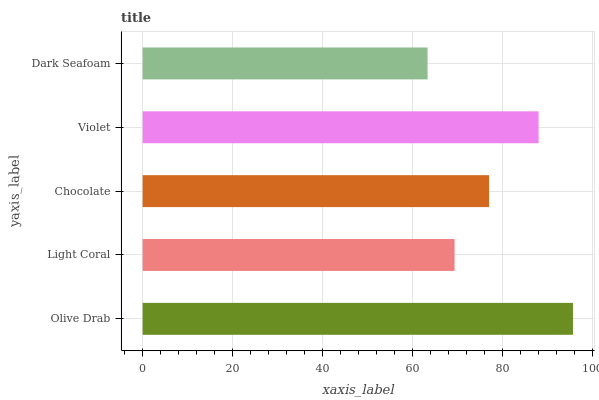
| yaxis_label | bars |
 | --- | --- |
 | Olive Drab | 95.6 |
 | Light Coral | 69.3 |
 | Chocolate | 76.9 |
 | Violet | 87.9 |
 | Dark Seafoam | 63.3 |